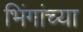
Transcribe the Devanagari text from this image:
भिंगांच्या